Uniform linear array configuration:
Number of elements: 24
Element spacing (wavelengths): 0.5
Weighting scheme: blackman
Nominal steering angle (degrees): -45
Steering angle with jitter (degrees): -44.813
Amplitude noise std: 0.05
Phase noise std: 0.05

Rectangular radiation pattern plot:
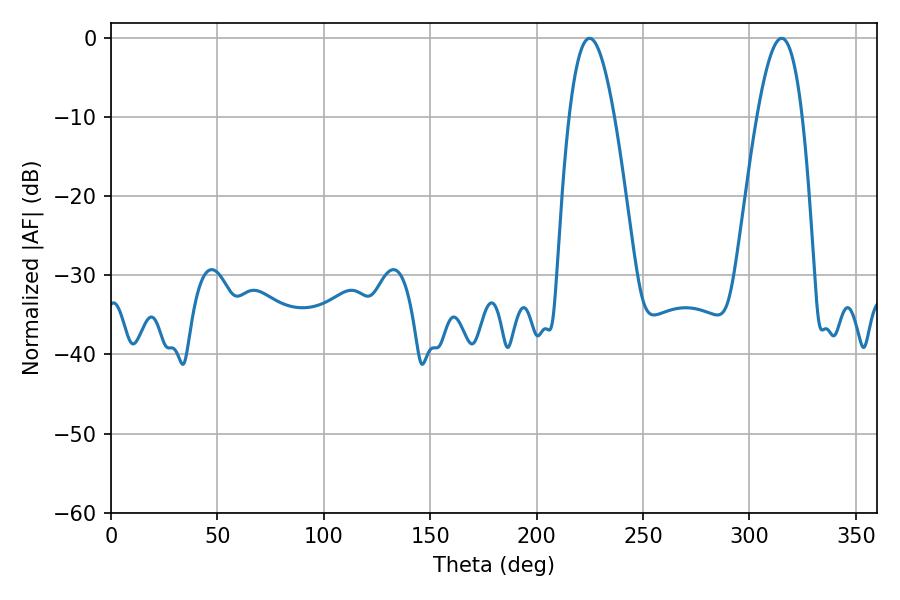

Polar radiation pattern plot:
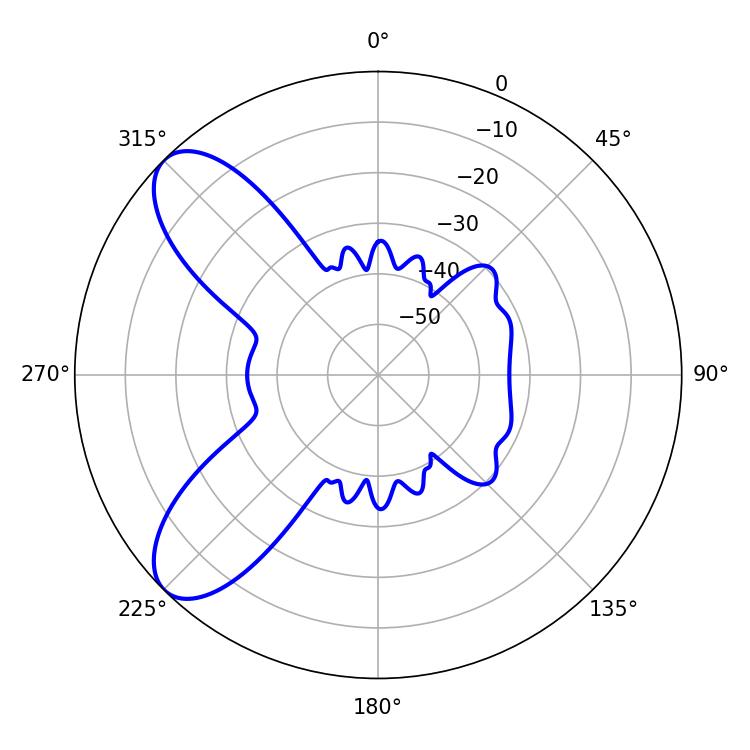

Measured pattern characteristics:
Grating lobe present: FALSE
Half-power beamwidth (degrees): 11.52
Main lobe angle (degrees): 224.82